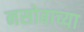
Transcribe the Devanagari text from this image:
नसोबाच्या